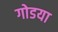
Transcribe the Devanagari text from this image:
गोडया